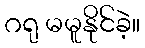
ဂရု မမူနိုင်ခဲ့။